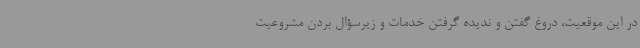
در این موقعیت، دروغ گفتن و ندیده گرفتن خدمات و زیرسؤال بردن مشروعیت